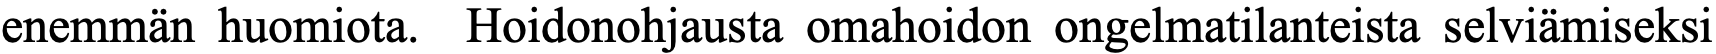
enemmän huomiota. Hoidonohjausta omahoidon ongelmatilanteista selviämiseksi